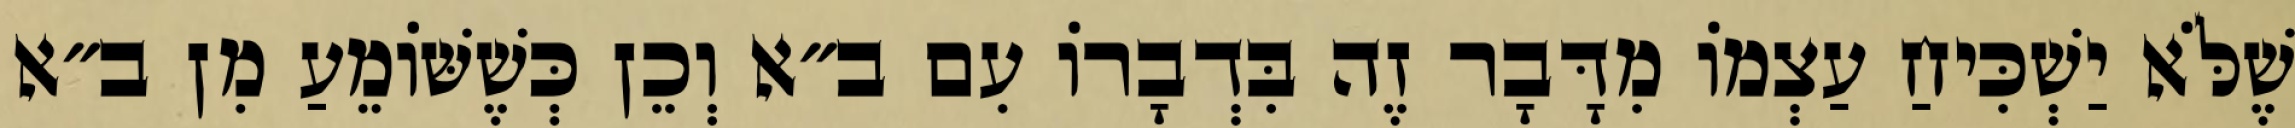
שֶׁלֹּא יַשְׁכִּיחַ עַצְמוֹ מִדָּבָר זֶה בִּדְבָרוֹ עִם ב״א וְכֵן כְּשֶׁשּׁוֹמֵעַ מִן ב״א